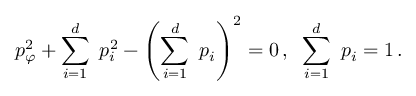
p _ { \varphi } ^ { 2 } + \sum _ { i = 1 } ^ { d } \ p _ { i } ^ { 2 } - \left( \sum _ { i = 1 } ^ { d } \ p _ { i } \right) ^ { 2 } = 0 \, , \; \; \sum _ { i = 1 } ^ { d } \ p _ { i } = 1 \, .